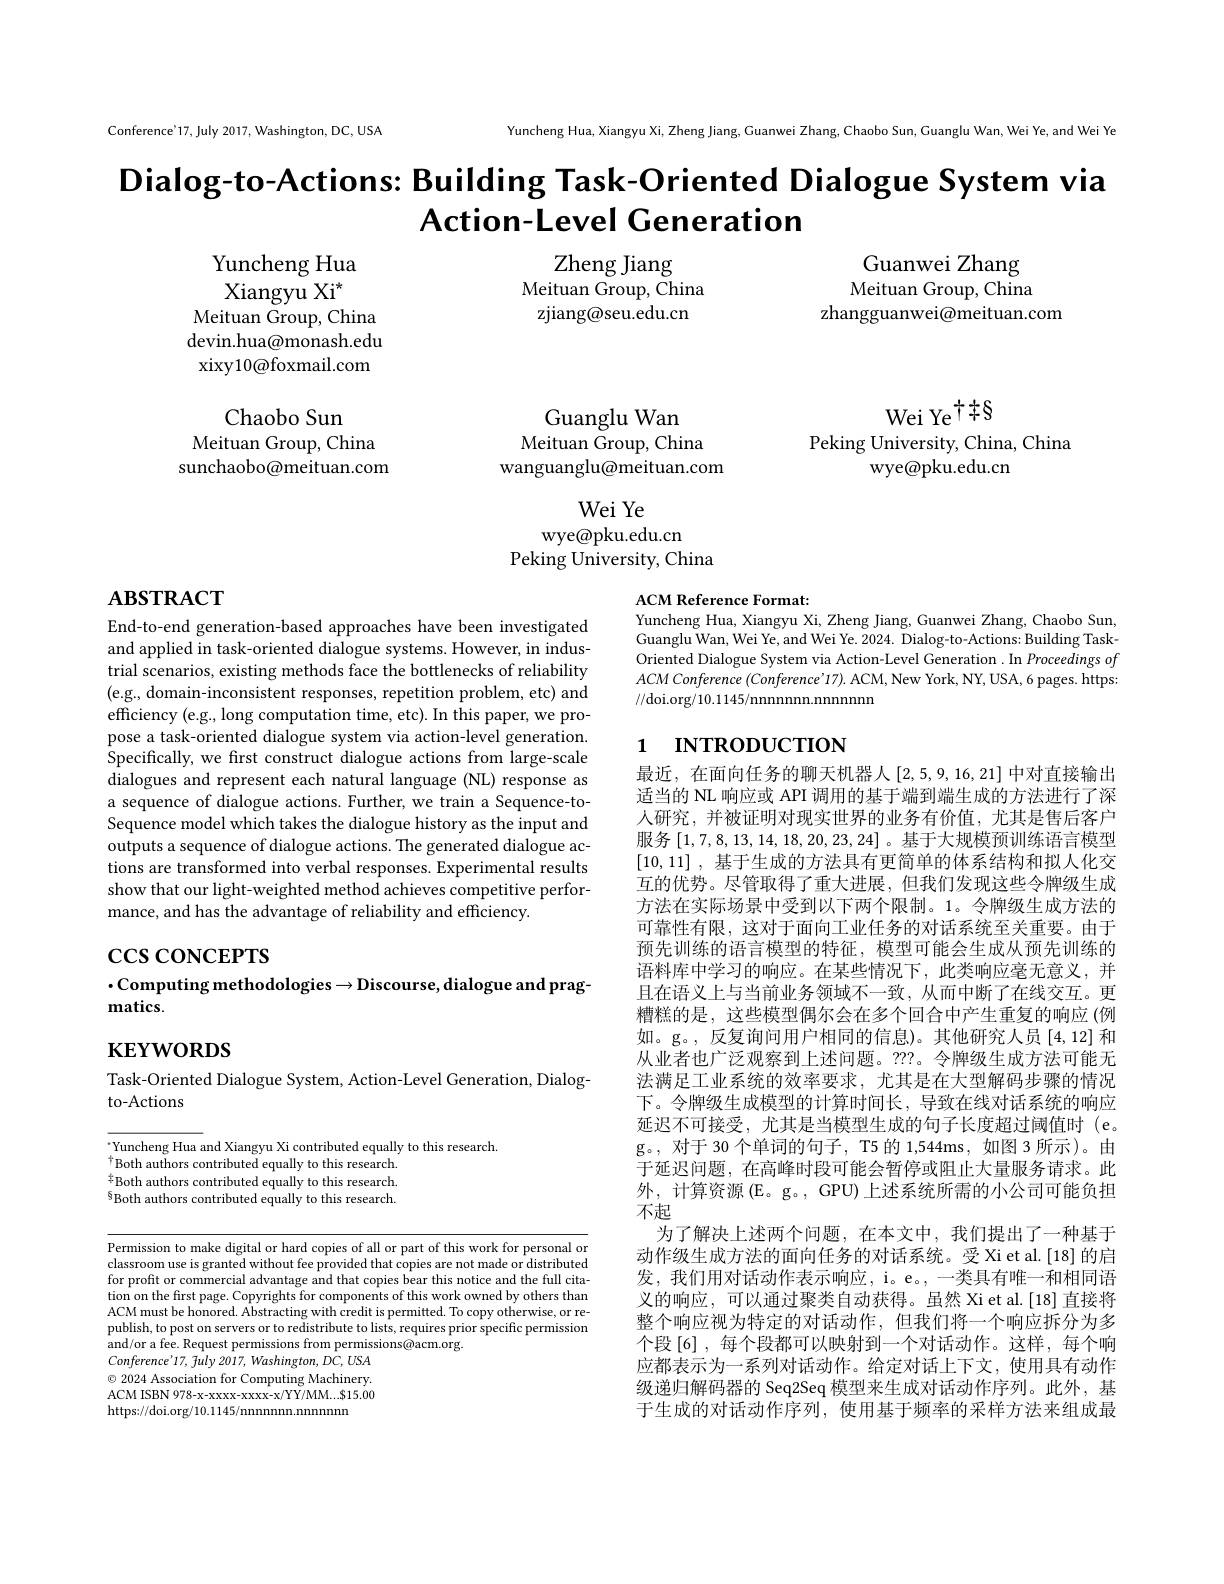
Conference'17, July 2017, Washington, DC, USA

Yuncheng Hua, Xiangyu Xi, Zheng Jiang, Guanwei Zhang, Chaobo Sun, Cuanglu Wan, Wei Ye, and Wei Ye

$\textbf{Dialog- to- Actions: Building Task- Oriented Dialogue System via}$
Action-Level Generation

Zheng Jiang
Meituan Group, China
zjiang@seu.edu.cn

Guanwei Zhang Meituan Group, China
zhangguanwei@meituan.com

Yuncheng Hua Xiangyu Xi$^{\star}$
Meituan Group, China devin.hua@monash.edu xixy10@foxmail.com

$WeiYe^{\dagger}\neq S$
Peking University, China, China
wye@pku.edu.cn

Chaobo Sun
Meituan Group, China sunchaobo@meituan.com

Guanglu Wan
Meituan Group, China
wanguanglu@meituan.com

Wei Ye
wye@pku.edu.cn
Peking University, China

# $\mathbf{ABSTRACT}$

ACM Reference Format:
Yuncheng Hua, Xiangyu Xi, Zheng Jiang, Guanwei Zhang, Chaobo Sun,

Guanglu Wan, Wei Ye, and Wei Ye. 2024. Dialog-to-Actions: Building TaskOriented Dialogue System via Action-Level Generation . In Proceedings of $ACM$ Conference (Conference'17). ACM, New York, NY, USA, 6 pages. https //doi.org/10.1145/nnnnnnn.nnnnnn

# 1 INTRODUCTION

End-to-end generation-based approaches have been investigated and applied in task-oriented dialogue systems. However, in industrial scenarios, existing methods face the bottlenecks of reliability (e.g., domain-inconsistent responses, repetition problem, etc) and efficiency (e.g., long computation time, etc). In this paper, we propose a task-oriented dialogue system via action-level generation Specifically, we first construct dialogue actions from large-scale dialogues and represent each natural language (NL) response as a sequence of dialogue actions. Further, we train a Sequence-toSequence model which takes the dialogue history as the input and outputs a sequence of dialogue actions. The generated dialogue actions are transformed into verbal responses. Experimental results show that our light-weighted method achieves competitive performance, and has the advantage of reliability and efficiency.

# $\csc\cos$coNCEPTS $\cdot$Computing methodologies$\to$Discourse,dialogue and prag- $matics.$

$\mathbf{KEYWORDS}$

Task-Oriented Dialogue System, Action-Level Generation, Dialog-
to-Actions

最近，在面向任务的聊天机器人[2,5,9,16,21]中对直接输出适当的 NL 响应或 API 调用的基于端到端生成的方法进行了深人研究，并被证明对现实世界的业务有价值，尤其是售后客户服务[1,7,8,13,14,18,20,23,24] 。基于大规模预训练语言模型[10,11] ,基于生成的方法具有更简单的体系结构和拟人化交互的优势。尽管取得了重大进展，但我们发现这些令牌级生成方法在实际场景中受到以下两个限制。1。令牌级生成方法的可靠性有限，这对于面向工业任务的对话系统至关重要。由于预先训练的语言模型的特征，模型可能会生成从预先训练的语料库中学习的响应。在某些情况下，此类响应毫无意义，并且在语义上与当前业务领域不一致，从而中断了在线交互。更糟糕的是，这些模型偶尔会在多个回合中产生重复的响应(例如。g。,反复询问用户相同的信息)。其他研究人员[4,12]和从业者也广泛观察到上述问题。???。令牌级生成方法可能无法满足工业系统的效率要求，尤其是在大型解码步骤的情况下。令牌级生成模型的计算时间长，导致在线对话系统的响应延迟不可接受，尤其是当模型生成的句子长度超过阈值时(e。g。, 对于 30 个单词的句子，T5 的 1,544ms, 如图 3 所示)。由于延迟问题，在高峰时段可能会暂停或阻止大量服务请求。此外，计算资源 (E。g。, GPU) 上述系统所需的小公司可能负担不起
为了解决上述两个问题，在本文中，我们提出了一种基于动作级生成方法的面向任务的对话系统。受 Xi et al.[18] 的启发，我们用对话动作表示响应，i。e。, 一类具有唯一和相同语义的响应，可以通过聚类自动获得。虽然 Xi et al.[18] 直接将整个响应视为特定的对话动作，但我们将一个响应拆分为多个段[6] ,每个段都可以映射到一个对话动作。这样，每个响应都表示为一系列对话动作。给定对话上下文，使用具有动作级递归解码器的 Seq2Seq 模型来生成对话动作序列。此外，基于生成的对话动作序列，使用基于频率的采样方法来组成最

$^{\cdot}$Yuncheng Hua and Xiangyu Xi contributed equally to this research.
$^{4}$Both authors contributed equally to this research. $\frac{4}{4}$Both authors contributed equally to this research. $^{8}$Both authors contributed equally to this research.

Permission to make digital or hard copies of all or part of this work for personal or classroom use is granted without fee provided that copies are not made or distributed for profit or commercial advantage and that copies bear this notice and the full citation on the first page. Copyrights for components of this work owned by others than ACM must be honored. Abstracting with credit is permitted. To copy otherwise, or republish, to post on servers or to redistribute to lists, requires prior speciffc permission and/or a fee. Request permissions from permissions@acm.org
$Conference'17$, fuly 2017, Washington, DC, USA

$\odot$ 2024 Association for Computing Machinery. ACM ISBN 978-x-xxxx-xxxx-x/YY/MM...$15.00 https://doi.org/10.1145/nnnnnnn.nnnnn